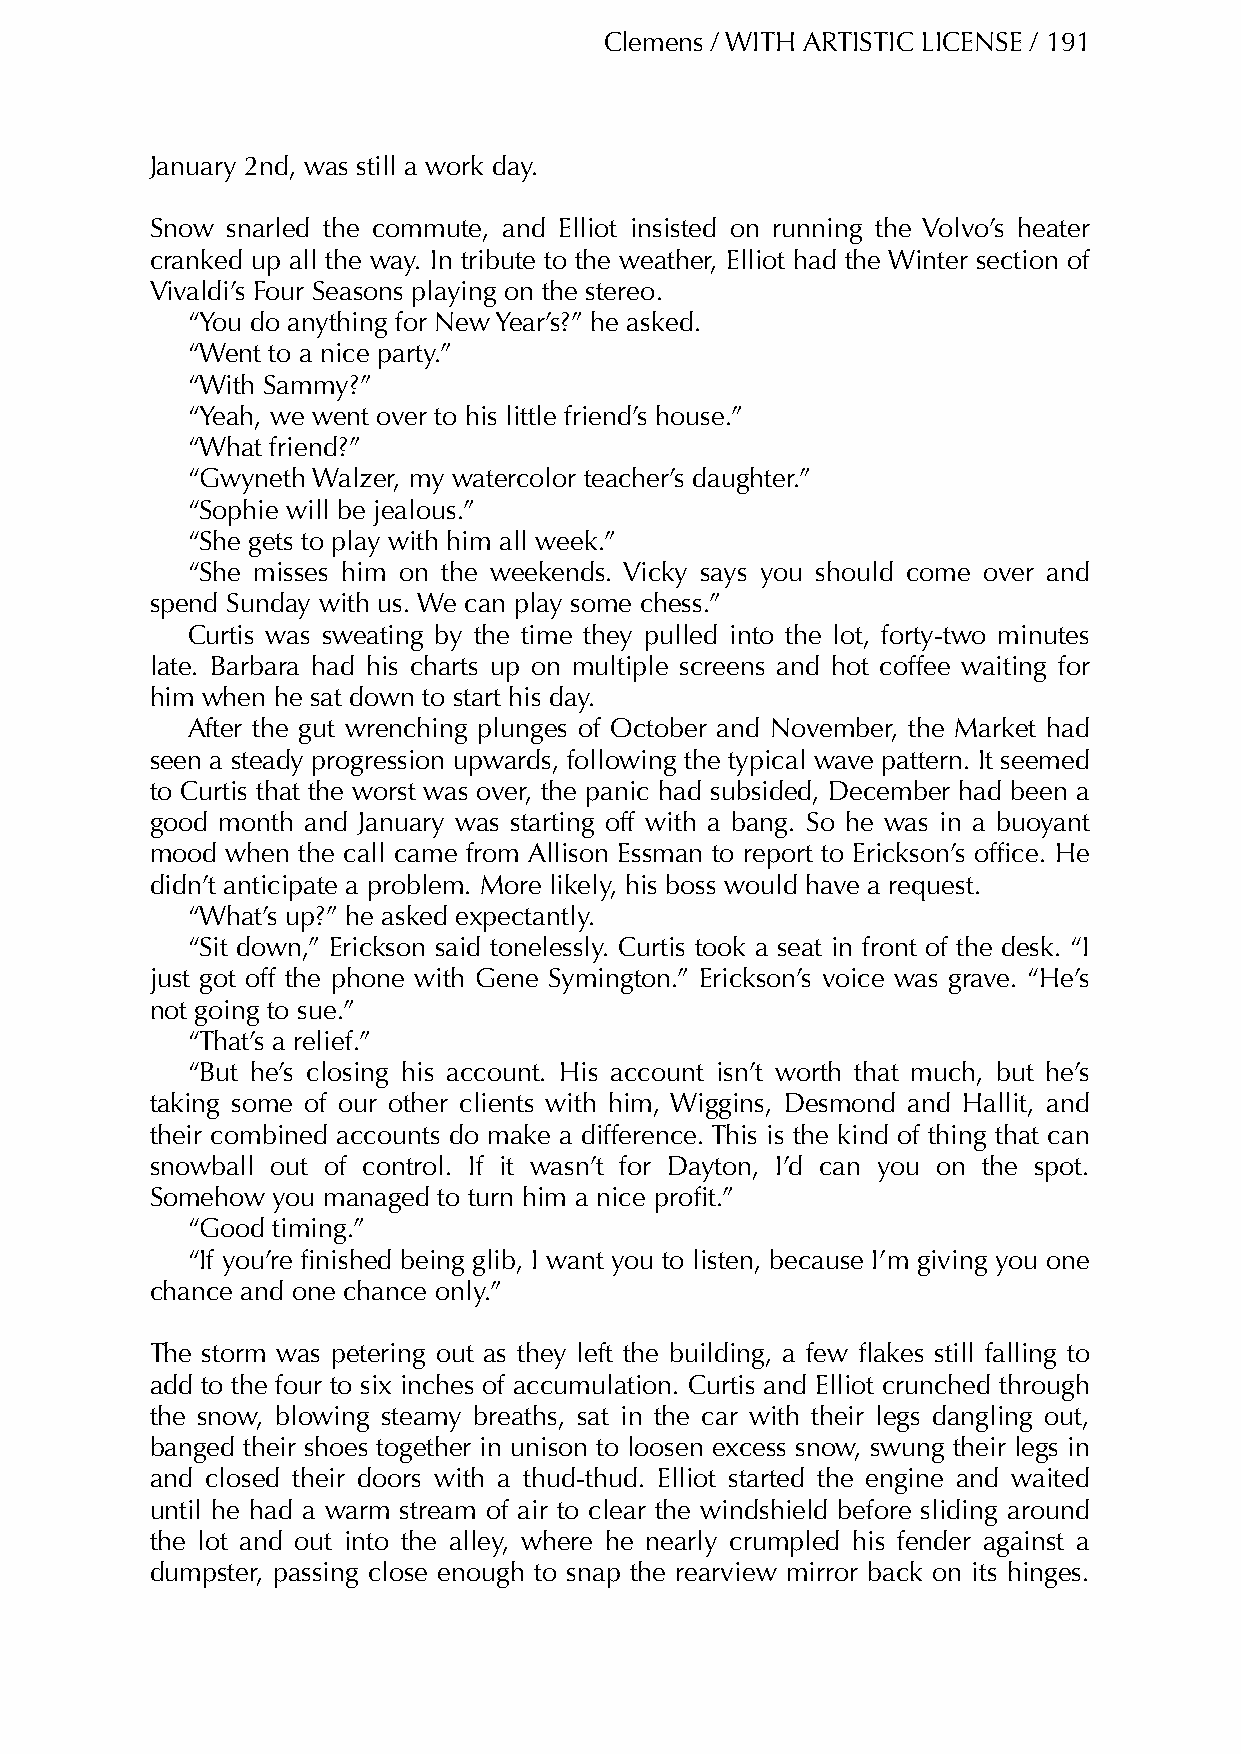
Clemens / WITH ARTISTIC LICENSE / 191
 January 2nd, was still a work day.
 Snow snarled the commute, and Elliot insisted on running the Volvo’s heater
 cranked up all the way. In tribute to the weather, Elliot had the Winter section of
 Vivaldi’s Four Seasons playing on the stereo.
 “You do anything for New Year’s?” he asked.
 “Went to a nice party.”
 “With Sammy?”
 “Yeah, we went over to his little friend’s house.”
 “What friend?”
 “Gwyneth Walzer, my watercolor teacher’s daughter.”
 “Sophie will be jealous.”
 “She gets to play with him all week.”
 “She misses him on the weekends. Vicky says you should come over and
 spend Sunday with us. We can play some chess.”
 Curtis was sweating by the time they pulled into the lot, forty-two minutes
 late. Barbara had his charts up on multiple screens and hot coffee waiting for
 him when he sat down to start his day.
 After the gut wrenching plunges of October and November, the Market had
 seen a steady progression upwards, following the typical wave pattern. It seemed
 to Curtis that the worst was over, the panic had subsided, December had been a
 good month and January was starting off with a bang. So he was in a buoyant
 mood when the call came from Allison Essman to report to Erickson’s office. He
 didn’t anticipate a problem. More likely, his boss would have a request.
 “What’s up?” he asked expectantly.
 “Sit down,” Erickson said tonelessly. Curtis took a seat in front of the desk. “I
 just got off the phone with Gene Symington.” Erickson’s voice was grave. “He’s
 not going to sue.”
 “That’s a relief.”
 “But he’s closing his account. His account isn’t worth that much, but he’s
 taking some of our other clients with him, Wiggins, Desmond and Hallit, and
 their combined accounts do make a difference. This is the kind of thing that can
 snowball out of control. If it wasn’t for Dayton, I’d can you on the spot.
 Somehow you managed to turn him a nice profit.”
 “Good timing.”
 “If you’re finished being glib, I want you to listen, because I’m giving you one
 chance and one chance only.”
 The storm was petering out as they left the building, a few flakes still falling to
 add to the four to six inches of accumulation. Curtis and Elliot crunched through
 the snow, blowing steamy breaths, sat in the car with their legs dangling out,
 banged their shoes together in unison to loosen excess snow, swung their legs in
 and closed their doors with a thud-thud. Elliot started the engine and waited
 until he had a warm stream of air to clear the windshield before sliding around
 the lot and out into the alley, where he nearly crumpled his fender against a
 dumpster, passing close enough to snap the rearview mirror back on its hinges.